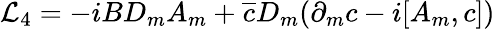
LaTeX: {\cal L}_{4}=-iBD_{m}A_{m}+\overline{{c}}D_{m}(\partial_{m}c-i[A_{m},c])